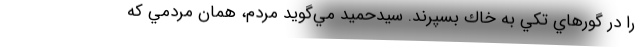
را در گورهاي تكي به خاك بسپرند. سيدحميد مي‌گويد مردم، همان مردمي كه